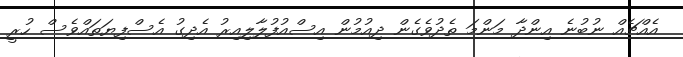
އެއްޗެއް ނުބުނެ އިންދާ މަންމަ ތެދުވެގެން ދިއުމުން އިސްއުފުލާލިއިރު އެދިގު އެސްފިޔަތައްވެސް ހުރީ